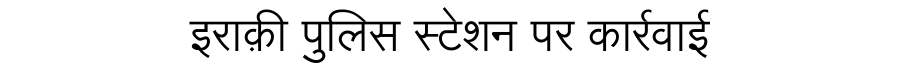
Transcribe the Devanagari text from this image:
इराक़ी पुलिस स्टेशन पर कार्रवाई